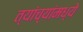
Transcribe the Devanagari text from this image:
त्यांच्यांमध्ये